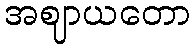
အဈာယတော